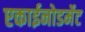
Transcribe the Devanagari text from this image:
एकाईनोडर्मेट